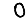
Digit: 0